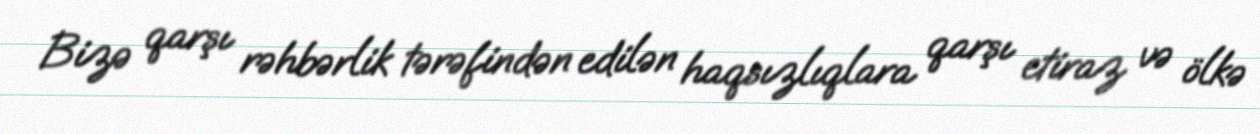
Bizə qarşı rəhbərlik tərəfindən edilən haqsızlıqlara qarşı etiraz və ölkə